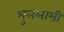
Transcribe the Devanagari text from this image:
भुललासी